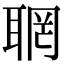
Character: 𦖉